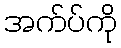
အက်ပ်ကို